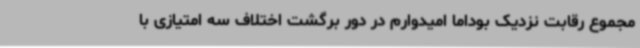
مجموع رقابت نزدیک بوداما امیدوارم در دور برگشت اختلاف سه امتیازی با